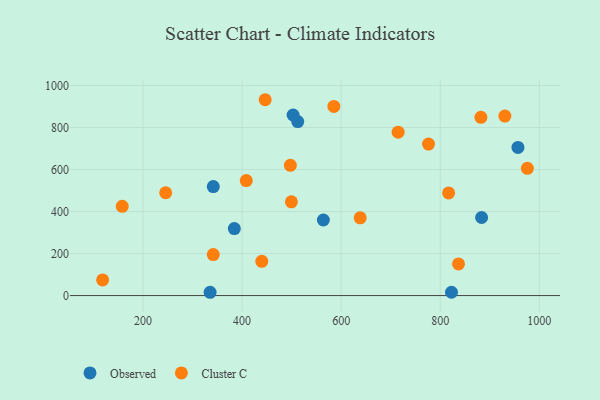
{"axis": {"x": "Price", "y": "Exam Score"}, "legend": ["Cluster C", "Observed"], "data": [{"x": "564.0", "y": 359.7, "type": "Observed"}, {"x": "335.4", "y": 15.7, "type": "Observed"}, {"x": "512.3", "y": 828.4, "type": "Observed"}, {"x": "883.5", "y": 371.7, "type": "Observed"}, {"x": "822.7", "y": 15.9, "type": "Observed"}, {"x": "502.9", "y": 859.6, "type": "Observed"}, {"x": "956.9", "y": 705.0, "type": "Observed"}, {"x": "384.3", "y": 318.9, "type": "Observed"}, {"x": "341.8", "y": 518.9, "type": "Observed"}, {"x": "882.1", "y": 848.2, "type": "Cluster C"}, {"x": "245.7", "y": 489.5, "type": "Cluster C"}, {"x": "975.9", "y": 605.8, "type": "Cluster C"}, {"x": "499.5", "y": 446.4, "type": "Cluster C"}, {"x": "408.4", "y": 547.4, "type": "Cluster C"}, {"x": "446.6", "y": 932.2, "type": "Cluster C"}, {"x": "816.9", "y": 488.7, "type": "Cluster C"}, {"x": "638.4", "y": 369.9, "type": "Cluster C"}, {"x": "715.0", "y": 777.7, "type": "Cluster C"}, {"x": "836.9", "y": 150.8, "type": "Cluster C"}, {"x": "930.5", "y": 854.5, "type": "Cluster C"}, {"x": "118.4", "y": 74.7, "type": "Cluster C"}, {"x": "439.7", "y": 162.8, "type": "Cluster C"}, {"x": "776.3", "y": 721.3, "type": "Cluster C"}, {"x": "158.0", "y": 424.9, "type": "Cluster C"}, {"x": "341.8", "y": 195.2, "type": "Cluster C"}, {"x": "497.4", "y": 619.8, "type": "Cluster C"}, {"x": "585.2", "y": 900.1, "type": "Cluster C"}]}